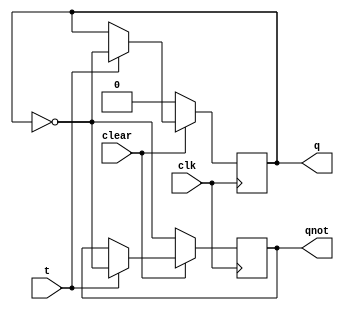
module tff (output q, output qnot, input t, input clk, input clear);

reg q, qnot;
initial begin : start
q=0;
end
always @(posedge clk )
begin
if(~clear )
begin
q<=0; qnot<=~q;
end
else
if (t)
begin
q<=~q; qnot<=~q;
end
end

endmodule